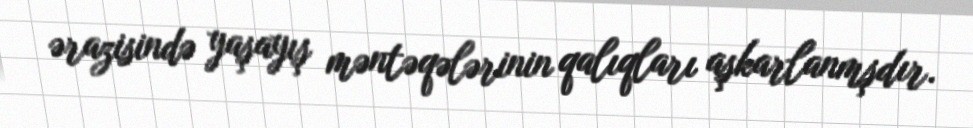
ərazisində yaşayış məntəqələrinin qalıqları aşkarlanmşdır.